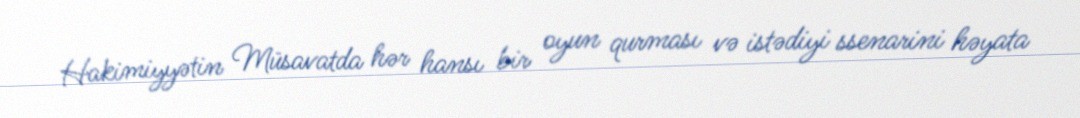
Hakimiyyətin Müsavatda hər hansı bir oyun qurması və istədiyi ssenarini həyata